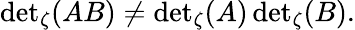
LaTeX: {\operatorname*{det}}_{\zeta}(AB)\neq{\operatorname*{det}}_{\zeta}(A)\, {\operatorname*{det}}_{\zeta}(B).